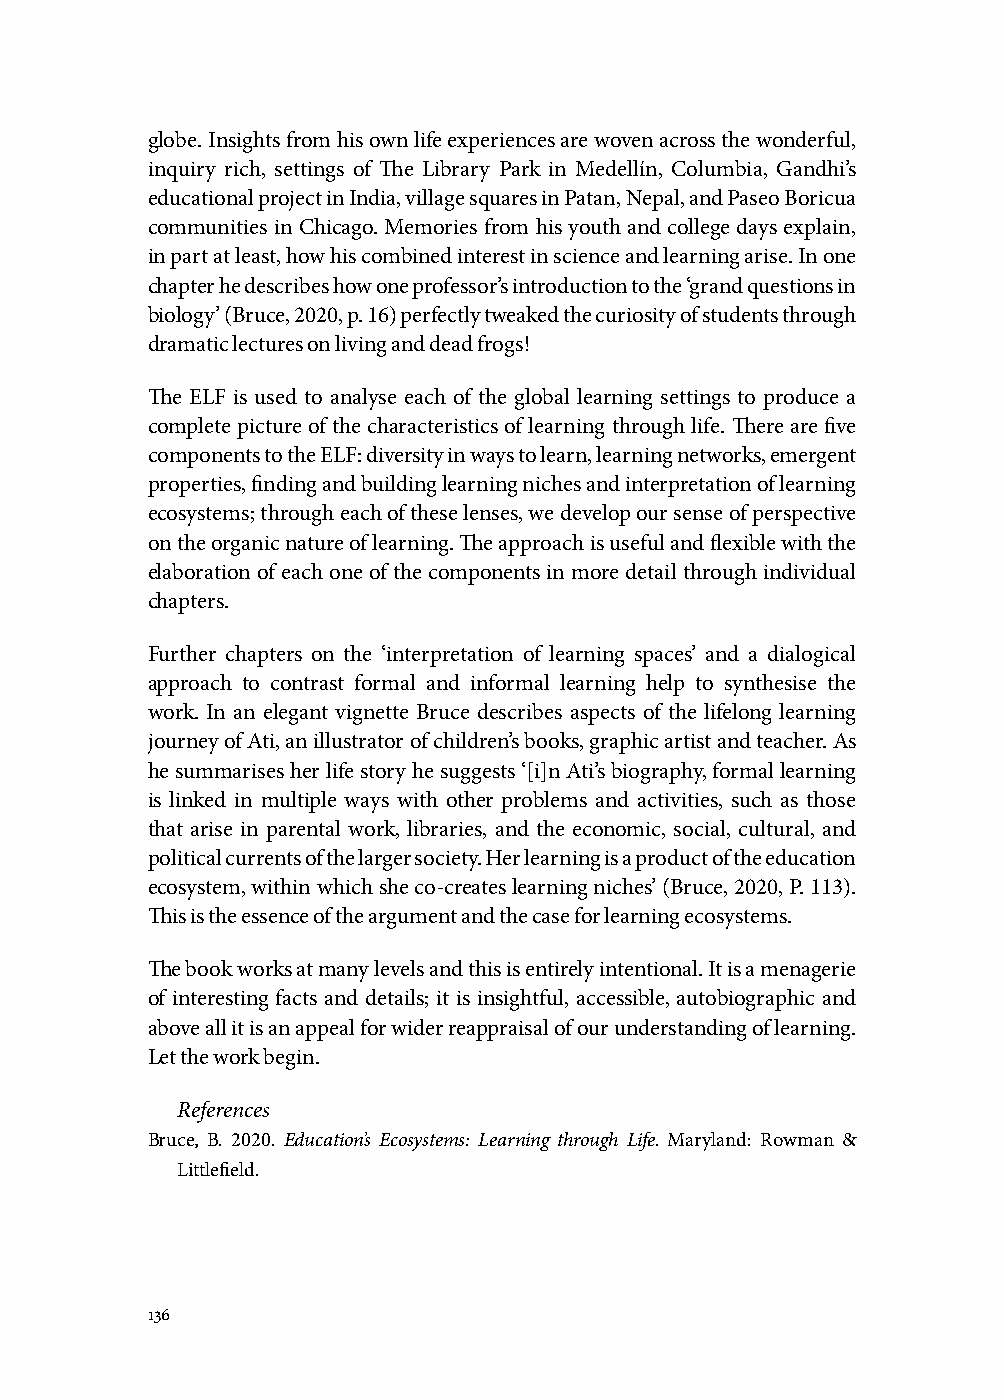
globe. Insights from his own life experiences are woven across the wonderful,
 inquiry rich, settings of The Library Park in Medellín, Columbia, Gandhi’s
 educational project in India, village squares in Patan, Nepal, and Paseo Boricua
 communities in Chicago. Memories from his youth and college days explain,
 in part at least, how his combined interest in science and learning arise. In one
 chapter he describes how one professor’s introduction to the ‘grand questions in
 biology’ (Bruce, 2020, p. 16) perfectly tweaked the curiosity of students through
 dramatic lectures on living and dead frogs!
 The ELF is used to analyse each of the global learning settings to produce a
 complete picture of the characteristics of learning through life. There are five
 components to the ELF: diversity in ways to learn, learning networks, emergent
 properties, finding and building learning niches and interpretation of learning
 ecosystems; through each of these lenses, we develop our sense of perspective
 on the organic nature of learning. The approach is useful and flexible with the
 elaboration of each one of the components in more detail through individual
 chapters.
 Further chapters on the ‘interpretation of learning spaces’ and a dialogical
 approach to contrast formal and informal learning help to synthesise the
 work. In an elegant vignette Bruce describes aspects of the lifelong learning
 journey of Ati, an illustrator of children’s books, graphic artist and teacher. As
 he summarises her life story he suggests ‘[i]n Ati’s biography, formal learning
 is linked in multiple ways with other problems and activities, such as those
 that arise in parental work, libraries, and the economic, social, cultural, and
 political currents of the larger society. Her learning is a product of the education
 ecosystem, within which she co-creates learning niches’ (Bruce, 2020, P. 113).
 This is the essence of the argument and the case for learning ecosystems.
 The book works at many levels and this is entirely intentional. It is a menagerie
 of interesting facts and details; it is insightful, accessible, autobiographic and
 above all it is an appeal for wider reappraisal of our understanding of learning.
 Let the work begin.
 References
 Bruce, B. 2020. Education’s Ecosystems: Learning through Life. Maryland: Rowman &
 Littlefield.
 136